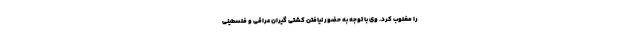
را مغلوب کرد. وی با توجه به حضور نیافتن کشتی گیران عراقی و فلسطینی